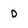
Character: D